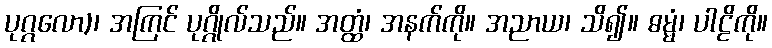
ပုဂ္ဂလော)၊ အကြင် ပုဂ္ဂိုလ်သည်။ အတ္ထံ၊ အနက်ကို။ အညာယ၊ သိ၍။ ဓမ္မံ၊ ပါဠိကို။